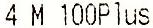
4 M 100PLUS